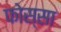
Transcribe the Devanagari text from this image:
फोस्सा